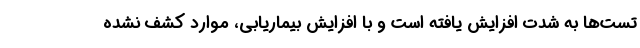
تست‌ها به شدت افزایش یافته است و با افزایش بیماریابی، موارد کشف نشده‌